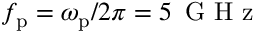
f _ { \mathrm { p } } = \omega _ { \mathrm { p } } / 2 \pi = 5 \, \mathrm { ~ G ~ H ~ z ~ }